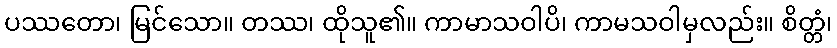
ပဿတော၊ မြင်သော။ တဿ၊ ထိုသူ၏။ ကာမာသဝါပိ၊ ကာမသဝါမှလည်း။ စိတ္တံ၊